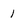
Character: 1